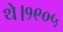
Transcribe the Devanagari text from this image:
थे।१९०५